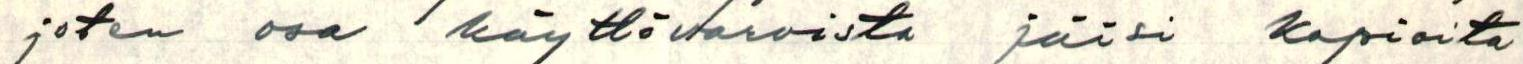
joten osa käyttövaroista jäisi kopioita